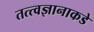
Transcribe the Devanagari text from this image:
तत्त्वज्ञानाकडे